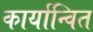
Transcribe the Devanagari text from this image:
कार्यान्‍वित